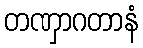
တဏှာဂတာနံ